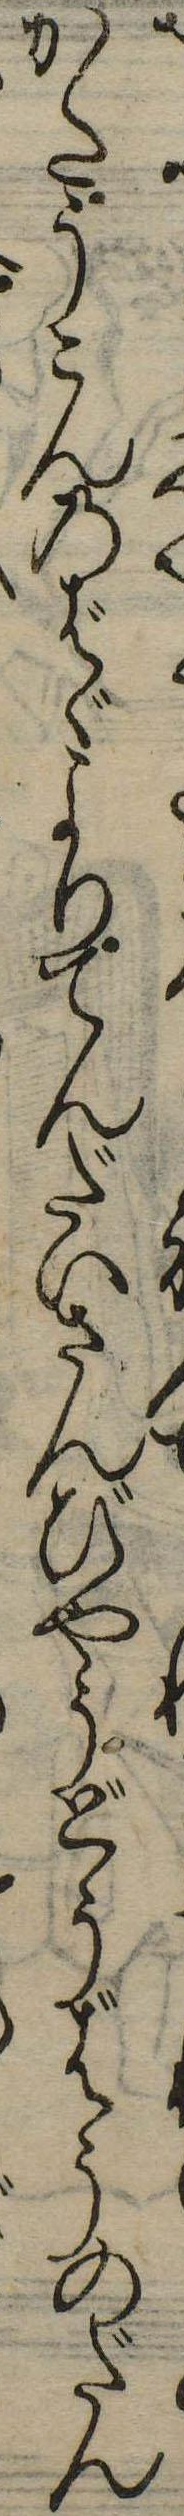
かたうこんのばゞよりてんだいさんびやうどうばうのだん